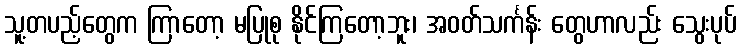
သူ့တပည့်တွေက ကြာတော့ မပြုစု နိုင်ကြတော့ဘူး၊ အဝတ်သင်္ကန်း တွေဟာလည်း သွေးပုပ်